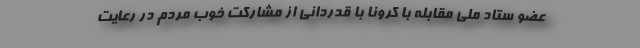
عضو ستاد ملی مقابله با کرونا با قدردانی از مشارکت خوب مردم در رعایت